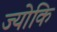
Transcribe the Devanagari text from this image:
ज्योकि